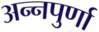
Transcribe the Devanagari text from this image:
अन्‍नपुर्णा